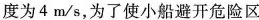
度为4m/s，为了使小船避开危险区